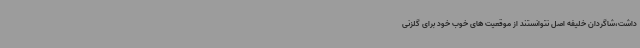
داشت،شاگردان خلیفه اصل نتوانستند از موقعیت های خوب خود برای گلزنی